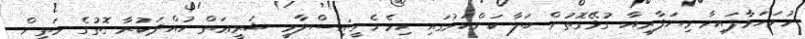
ހުށަހަޅާފައިވާ ވިޔަފާރިއާ ގުޅޭގޮތުން ބަލާ ކަންކަމުގައި ހިމެނެނީ:އިސްލާމީ ޝަރީޢަތް ހުއްދަކުރާ ގޮތުގެ މަތިން